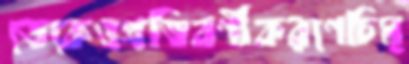
ডেকেওপ্রতিবর্ণীকরণেচিম্